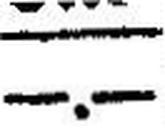
—.—